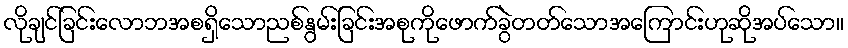
လိုချင်ခြင်းလောဘအစရှိသောညစ်နွမ်းခြင်းအစုကိုဖောက်ခွဲတတ်သောအကြောင်းဟုဆိုအပ်သော။